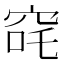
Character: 䆛